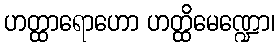
ဟတ္ထာရောဟော ဟတ္ထိမေဏ္ဍော၊